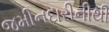
જમીનદારીનીથી